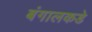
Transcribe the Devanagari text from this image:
बंगालकडे